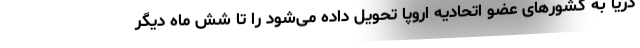
دریا به کشورهای عضو اتحادیه اروپا تحویل داده می‌شود را تا شش ماه دیگر